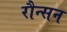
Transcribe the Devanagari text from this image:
रौन्सन